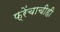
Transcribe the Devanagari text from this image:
फ्रेंचाचीही